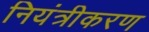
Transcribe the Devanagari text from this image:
नियंत्रीकरण